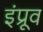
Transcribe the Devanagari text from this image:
इंप्रूव